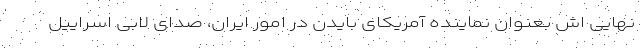
نهایی اش بعنوان نماینده آمریکای بایدن در امور ایران، صدای لابی اسراییل